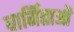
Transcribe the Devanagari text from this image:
धार्मिताओं